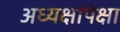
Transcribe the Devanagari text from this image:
अध्यक्षांपेक्षा